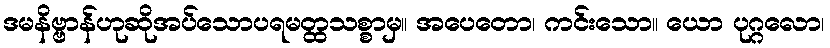
ဒမနိဗ္ဗာန်ဟုဆိုအပ်သောပရမတ္ထသစ္စာမှ။ အပေတော၊ ကင်းသော။ ယော ပုဂ္ဂလော၊